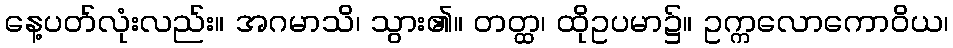
နေ့ပတ်လုံးလည်း။ အဂမာသိ၊ သွား၏။ တတ္ထ၊ ထိုဥပမာ၌။ ဥက္ကလောကောဝိယ၊